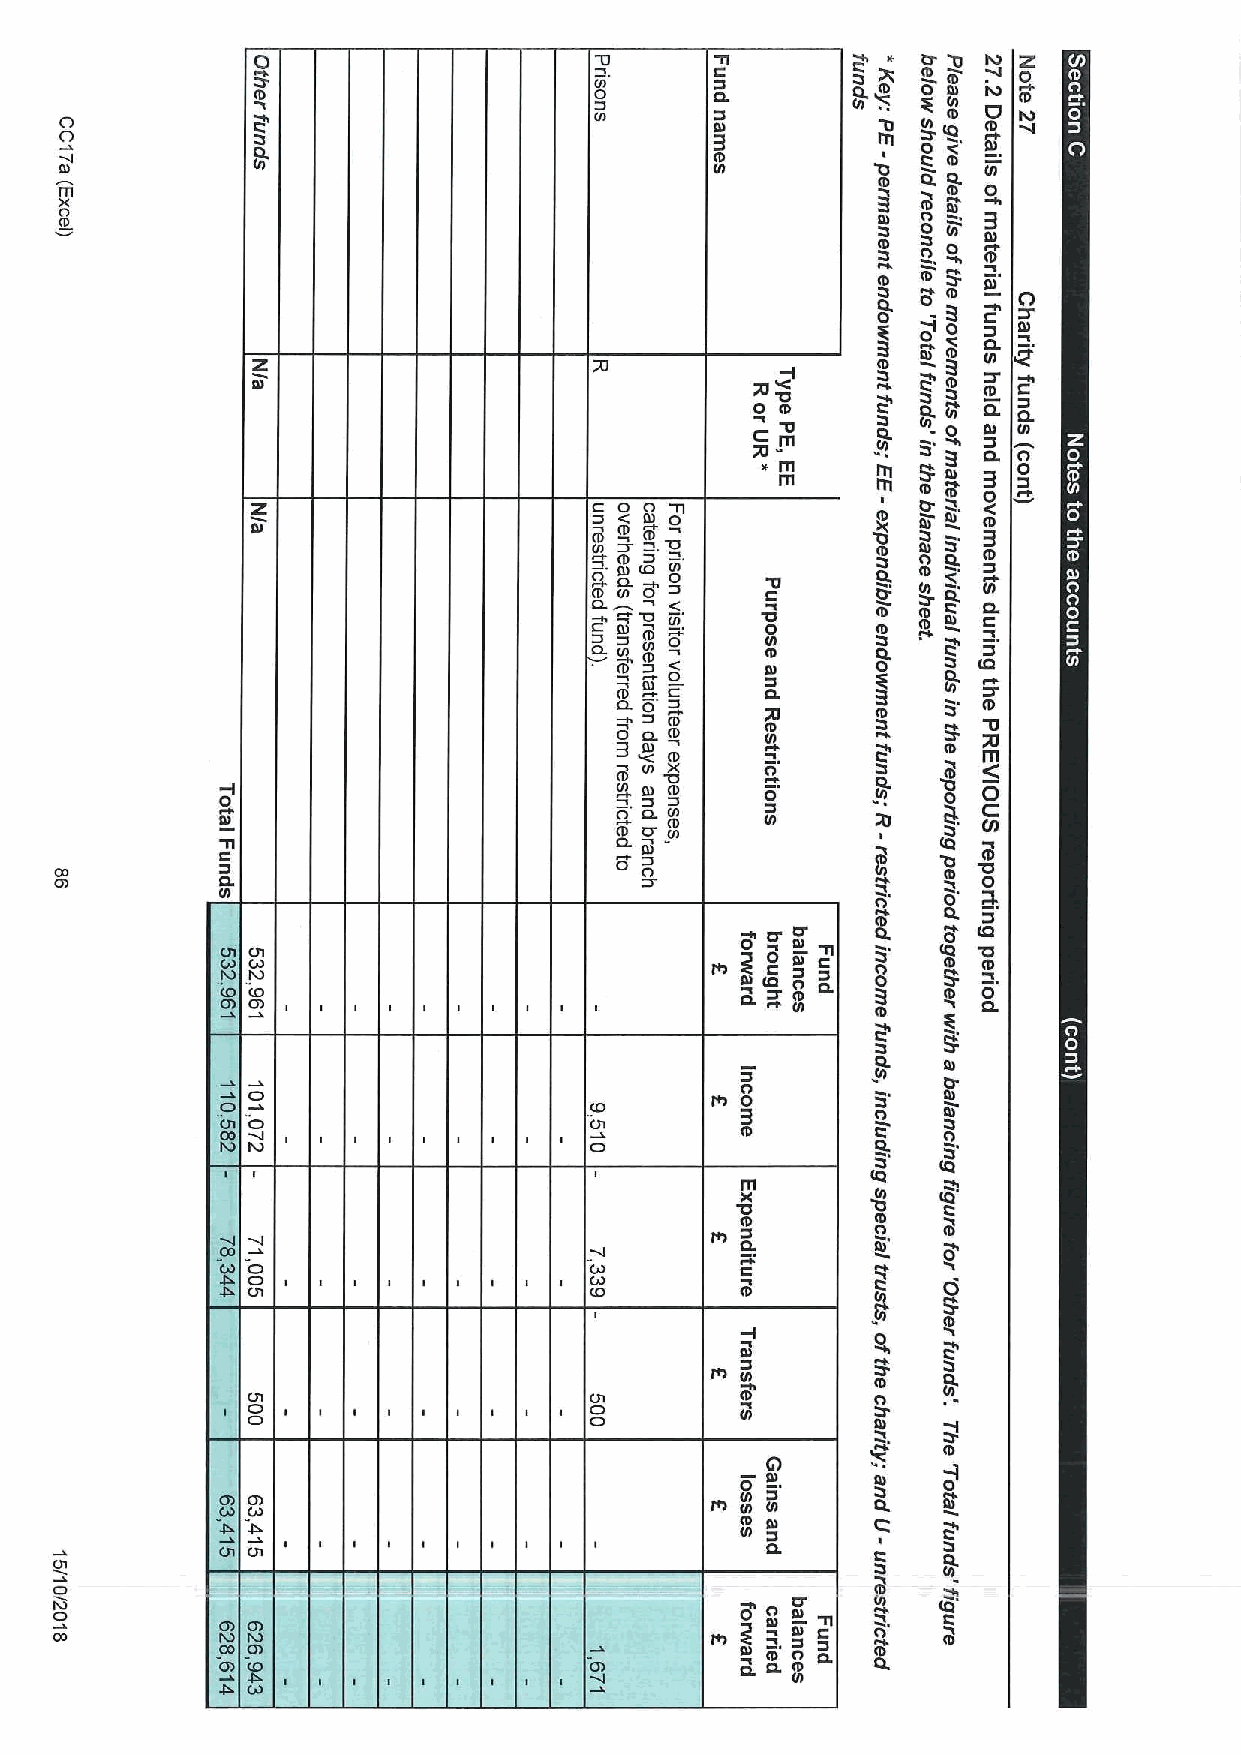
0 9                    0      0        QV   (eD "0 Iv»D R 0
 c0n                   0 IeD
 ID I                                          (n IC) CD
 O                                  N                  0        IO
 O                                                     m  0
 I  8 e
 Dl                                         cn            (L Q. Gl
 m                                                          ID
 0»I                                                      o e =. '
 CD                                                       o
 0 Dl
 0 e Dl 0
 e
 o
 OV
 e ~e
 N
 Pe
 S 0
 0
 Gl       Q. R Q.
 CI         N- o Dl C GlL
 m              0
 »m               0
 m     m (0 e D el 3 0
 z                     C 0 0 S 0m         I    e C
 Dl                    N 0
 Gl
 (3 G ( ND Ll CS 0O N 00 C 8D ' e o G Q Q(
 .
 e I
 '0      e  e e C0L
 C S  cn     0
 cn
 N( SD 0 nel
 0      DI
 e
 Gl D 0l ' C 0.          S
 S                    0
 0
 Gl
 3 V(0 S
 (D Ul 00( 0          e  0
 9Dl' Dl (D 0         0
 I'                         0 (0L SN
 nl            U)
 Gl
 C 0L Dl          I   '0 '0S
 a                           0               Dl  e  0
 nl                                          n'  0
 Q.
 no 0'    ID     (0
 o        CL     '0
 0      0   e  S
 N (0 ~0'e0 CL 0 e 0
 (L nl    m      Q.
 CL  ID
 0            0'
 CI                             III 0      B   DI
 B        O   Dl
 CI
 0
 M
 CQ
 m
 0
 e
 CD       O   e
 e
 0
 O                                0
 CI                                            0
 Ol                               Gl
 B
 Dl  ID
 0
 DIl      9
 In
 ID
 O                      O OI               n
 CI                     CI        Gl
 Dl   I
 —Q
 0 Dl     DI  OV
 III n Nl In CL R
 I ND     C   0
 0.     I
 Q.
 CII
 CI
 oOF
 I»I                                                       CQ
 e
 C»
 ~QR      ID
 CL